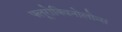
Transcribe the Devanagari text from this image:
फ्लूरोक्विनोलोन्स